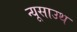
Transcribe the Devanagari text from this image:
न्यूसाउथ